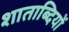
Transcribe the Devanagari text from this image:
शाताब्दियों